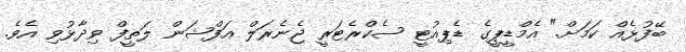
ބޭފުޅެއް ކަމަށް." އެމްޑީޕީގެ ޑެޕިއުޓީ ސެކްރެޓަރީ ޖެނެރަލް އަފްޝަން ލަތީފް ވިދާޅުވި އެވެ.